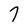
Character: 7